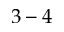
3 - 4